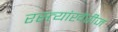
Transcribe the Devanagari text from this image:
रस्त्यांखेरीज